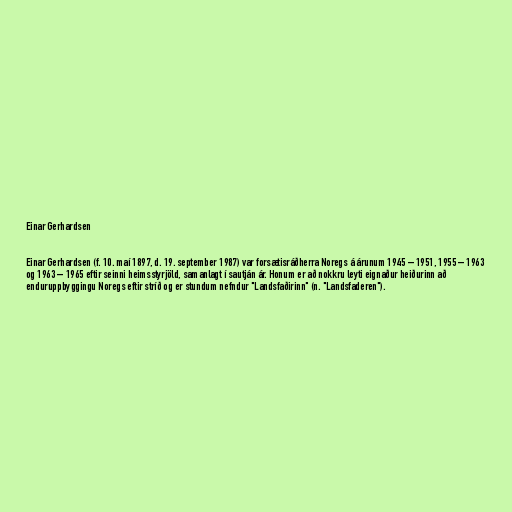
Einar Gerhardsen

Einar Gerhardsen (f. 10. maí 1897, d. 19. september 1987) var forsætisráðherra Noregs á árunum 1945 – 1951, 1955 – 1963
og 1963 – 1965 eftir seinni heimsstyrjöld, samanlagt í sautján ár. Honum er að nokkru leyti eignaður heiðurinn að
enduruppbyggingu Noregs eftir stríð og er stundum nefndur "Landsfaðirinn" (n. "Landsfaderen").